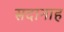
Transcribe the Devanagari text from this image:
सदानाह